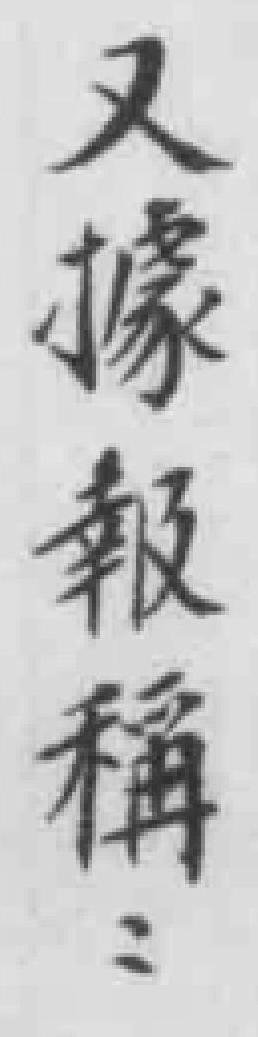
又據報稱：